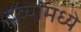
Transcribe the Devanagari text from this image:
द्रव्यांमध्ये